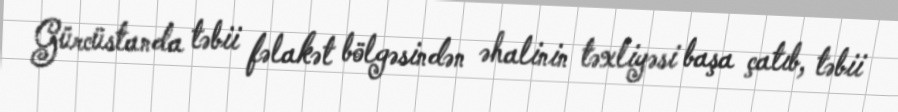
Gürcüstanda təbii fəlakət bölgəsindən əhalinin təxliyəsi başa çatıb, təbii